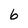
Character: 6